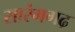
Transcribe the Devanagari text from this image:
सारंगगढ़